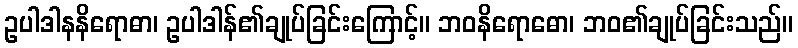
ဥပါဒါနနိရောဓာ၊ ဥပါဒါန်၏ချုပ်ခြင်းကြောင့်။ ဘဝနိရောဓော၊ ဘဝ၏ချုပ်ခြင်းသည်။